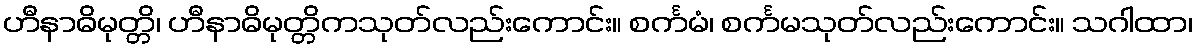
ဟီနာဓိမုတ္တိ၊ ဟီနာဓိမုတ္တိကသုတ်လည်းကောင်း။ စင်္ကမံ၊ စင်္ကမသုတ်လည်းကောင်း။ သဂါထာ၊